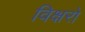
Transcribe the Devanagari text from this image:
विक्षरो